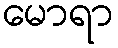
မောရာ